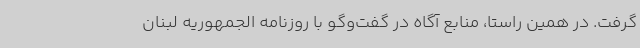
گرفت. در همین راستا، منابع آگاه در گفت‌وگو با روزنامه الجمهوریه لبنان